Leaving Certificate Examination, 1903
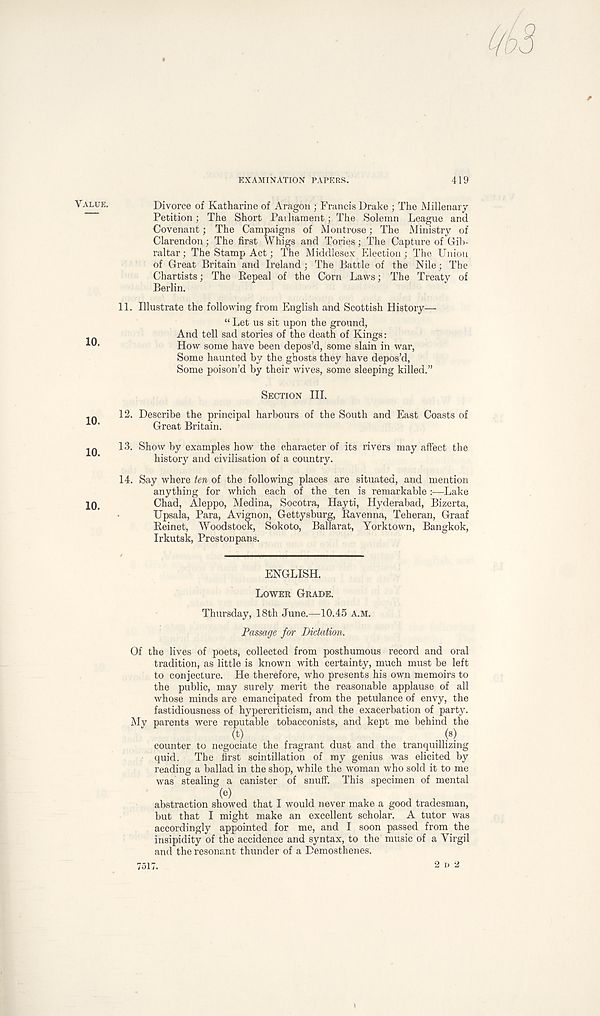
EXAMINATION PAPERS.
419
VALUE.
Divorce of Katharine of Aragon ; Francis Drake ; The Millenary
Petition; The Short Parliament; The Solemn League and
Covenant; The Campaigns of Montrose; The Ministry of
Clarendon; The first Whigs and Tories; The Capture of Gib-
raltar; The Stamp Act; The Middlesex Election; The Union
of Great Britain and Ireland; The Battle of the Nile; The
Chartists; The Repeal of the Corn Laws; The Treaty of
Berlin.
11. Illustrate the following from English and Scottish History—
“ Let us sit upon the ground,
And tell sad stories of the death of Kings:
How some have been depos’d, some slain in war,
Some haunted by the ghosts they have depos’d,
Some poison’d by their wives, some sleeping killed.”
SECTION III.
in
12. Describe the principal harbours of the South and East Coasts of
iU '
Great Britain.
IQ
13. Show by examples how the character of its rivers may affect the
history and civilisation of a country.
14. Say where fen of the following places are situated, and mention
anything for which each of the ten is remarkable :—Lake
10.
Chad, Aleppo, Medina, Socotra, Hayti, Hyderabad, Bizerta,
Upsala, Para, Avignon, Gettysburg, Ravenna, Teheran, Graaf
Reinet, Woodstock, Sokoto, Ballarat, Yorktown, Bangkok,
Irkutsk, Prestonpans.
LOWER GRADE.
Thursday, 18th June.—10.45 A.M.
Passage for Dictation.
Of the lives of poets, collected from posthumous record and oral
tradition, as little is known with certainty, much must be left
to conjecture. He therefore, who presents his own memoirs to
the public, may surely merit the reasonable applause of all
whose minds are emancipated from the petulance of envy, the
fastidiousness of hypercriticism, and the exacerbation of party.
My parents were reputable tobacconists, and kept me behind the
(t)
( s )
counter to negociate the fragrant dust and the tranquillizing
quid.
The first scintillation of my genius was elicited by
reading a ballad in the shop, while the woman who sold it to me
was stealing a canister of snuff. This specimen of mental
( e )
abstraction showed that I would never make a good tradesman,
but that I might make an excellent scholar. A tutor was
accordingly appointed for me, and I soon passed from the
insipidity of the accidence and syntax, to the music of a Virgil
and the resonant thunder of a Demosthenes.
7517.
2 D 2